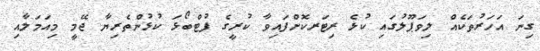
ގިނަ އަހަރުތަކެއް ލިވަޕޫލުގައި ކުޅެ ރިޓަރކޮށްފައިވާ ކުރީގެ ފުޓްބޯޅަ ކުޅުންތެރިޔާ ޖޭމީ މިއަމަލާއި